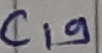
Text: C19